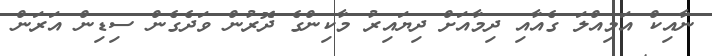
ނާއިކް އަމިއްލަ ގެއާއި ދިމާއަށް ދިޔައިރު މާކިންގެ ދޮރުން ވަދެގެން ސިޑިން އަރަން